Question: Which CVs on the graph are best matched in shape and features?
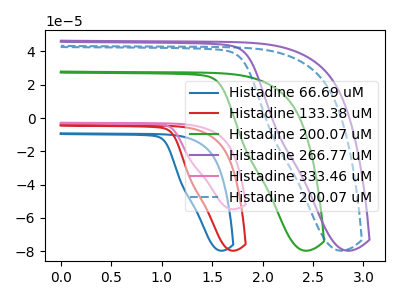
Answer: <think>The blue curve "Histadine 66.69 uM" has no peaks. The red curve "Histadine 133.38 uM" has no peaks. The green curve "Histadine 200.07 uM" has no peaks. The purple curve "Histadine 266.77 uM" has no peaks. The pink curve "Histadine 333.46 uM" has no peaks. The blue dashed curve "Histadine 200.07 uM" has no peaks.
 Neither "Histadine 66.69 uM" or "Histadine 133.38 uM" have any peaks. Neither "Histadine 66.69 uM" or "Histadine 200.07 uM" have any peaks. Neither "Histadine 66.69 uM" or "Histadine 266.77 uM" have any peaks. Neither "Histadine 66.69 uM" or "Histadine 333.46 uM" have any peaks. Neither "Histadine 66.69 uM" or "Histadine 200.07 uM" have any peaks. Neither "Histadine 133.38 uM" or "Histadine 200.07 uM" have any peaks. Neither "Histadine 133.38 uM" or "Histadine 266.77 uM" have any peaks. Neither "Histadine 133.38 uM" or "Histadine 333.46 uM" have any peaks. Neither "Histadine 133.38 uM" or "Histadine 200.07 uM" have any peaks. Neither "Histadine 200.07 uM" or "Histadine 266.77 uM" have any peaks. Neither "Histadine 200.07 uM" or "Histadine 333.46 uM" have any peaks. Neither "Histadine 200.07 uM" or "Histadine 200.07 uM" have any peaks. Neither "Histadine 266.77 uM" or "Histadine 333.46 uM" have any peaks. Neither "Histadine 266.77 uM" or "Histadine 200.07 uM" have any peaks. Neither "Histadine 333.46 uM" or "Histadine 200.07 uM" have any peaks.</think>
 <answer>"Histadine 133.38 uM", "Histadine 66.69 uM", "Histadine 200.07 uM", "Histadine 266.77 uM", "Histadine 333.46 uM" and "Histadine 200.07 uM" have the same shape and are likely CV's of the same chemical.</answer>
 <eval>"Histadine 133.38 uM" "Histadine 66.69 uM" "Histadine 200.07 uM" "Histadine 266.77 uM" "Histadine 333.46 uM" "Histadine 200.07 uM"</eval>